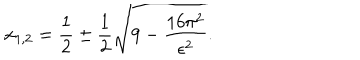
LaTeX: x _ { 1 , 2 } = \frac { 1 } { 2 } \pm \frac { 1 } { 2 } \sqrt { 9 - \frac { 1 6 \pi ^ { 2 } } { \epsilon ^ { 2 } } } .